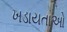
ખડાયતાઓ